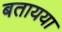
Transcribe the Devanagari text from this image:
बतायया